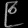
Digit: ၉